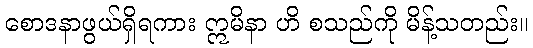
စောဒနာဖွယ်ရှိရကား ဣမိနာ ဟိ စသည်ကို မိန့်သတည်း။